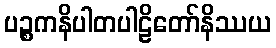
ပဉ္စကနိပါတပါဠိတော်နိဿယ